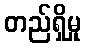
တည်ရှိမှု